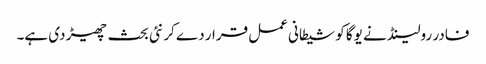
فادر رولینڈ نے یوگا کو شیطانی عمل قرار دے کر نئی بحث چھیڑ دی ہے۔